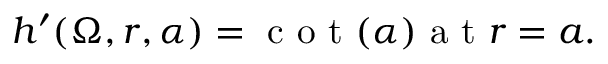
h ^ { \prime } ( \Omega , r , \alpha ) = \textrm { c o t } ( \alpha ) \textrm { a t } r = a .